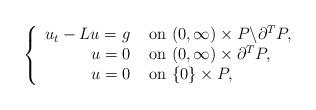
LaTeX: \begin{align*}\begin{aligned}\left\{\begin{array}{rl}u_t-Lu=g & \hbox{ on } (0,\infty)\times P\backslash \partial^T P,\\u=0&\hbox{ on } (0,\infty)\times \partial^T P,\\ u = 0& \hbox{ on } \{0\}\times P, \end{array} \right.\end{aligned}\end{align*}